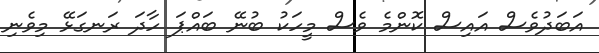
އަބަދުވެސް އައިސް ކޮންމެ ވެސް މީހަކު ބުނޭ ބައްޕަ ހާދަ ރަނގަޅޭ މިވެނި